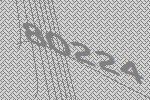
80224